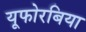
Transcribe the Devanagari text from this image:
यूफोरबिया